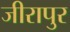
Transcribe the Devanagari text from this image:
जीरापुर